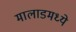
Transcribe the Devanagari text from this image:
मालाडमध्ये